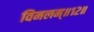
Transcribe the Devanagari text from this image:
विमलम्॥१२॥